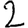
Digit: 2